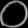
Digit: ၀